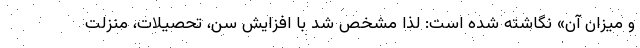
و میزان آن» نگاشته شده است: لذا مشخص شد با افزایش سن، تحصیلات، منزلت